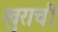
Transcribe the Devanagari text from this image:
खुराची